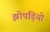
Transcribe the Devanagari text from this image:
झोपड़ियो